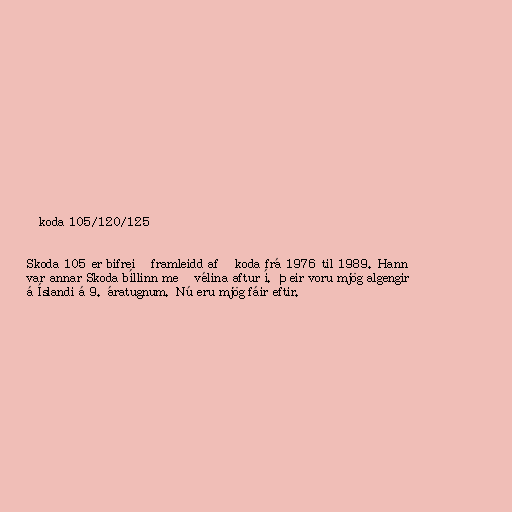
Škoda 105/120/125

Skoda 105 er bifreið framleidd af Škoda frá 1976 til 1989. Hann
var annar Skoda bíllinn með vélina aftur í. Þeir voru mjög algengir
á Íslandi á 9. áratugnum. Nú eru mjög fáir eftir.